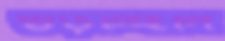
গুঁড়চ্ছিলি